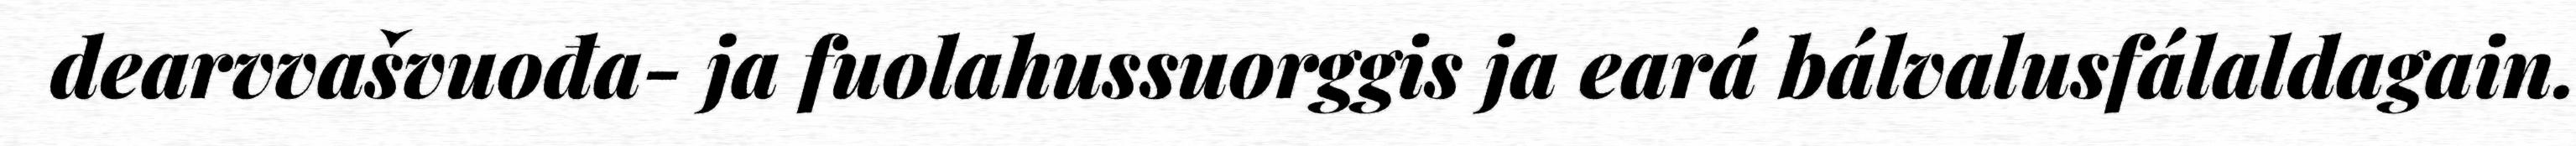
dearvvašvuođa- ja fuolahussuorggis ja eará bálvalusfálaldagain.